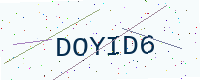
Text: DOYID6